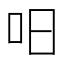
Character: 𱒈